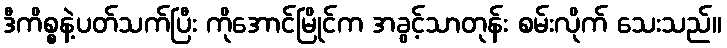
ဒီကိစ္စနဲ့ပတ်သက်ပြီး ကိုအောင်မြိုင်က အခွင့်သာတုန်း စမ်းလိုက် သေးသည်။